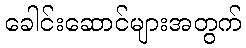
ခေါင်းဆောင်များအတွက်